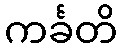
ကင်္ခတိ